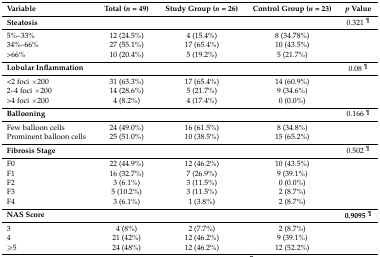
| Variable | Total (n = 49) | Study Group (n = 26) | Control Group (n = 23) | p Value |
 | --- | --- | --- | --- | --- |
 | Steatosis |  |  |  | 0.321 ¶ |
 | 5%–33% | 12 (24.5%) | 4 (15.4%) | 8 (34.78%) |  |
 | 34%–66% | 27 (55.1%) | 17 (65.4%) | 10 (43.5%) |  |
 | >66% | 10 (20.4%) | 5 (19.2%) | 5 (21.7%) |  |
 | Lobular Inflammation |  |  |  | 0.08 ¶ |
 | <2 foci ×200 | 31 (63.3%) | 17 (65.4%) | 14 (60.9%) |  |
 | 2–4 foci ×200 | 14 (28.6%) | 5 (21.7%) | 9 (34.6%) |  |
 | >4 foci ×200 | 4 (8.2%) | 4 (17.4%) | 0 (0.0%) |  |
 | Ballooning |  |  |  | 0.166 ¶ |
 | Few balloon cells | 24 (49.0%) | 16 (61.5%) | 8 (34.8%) |  |
 | Prominent balloon cells | 25 (51.0%) | 10 (38.5%) | 15 (65.2%) |  |
 | Fibrosis Stage |  |  |  | 0.502 ¶ |
 | F0 | 22 (44.9%) | 12 (46.2%) | 10 (43.5%) |  |
 | F1 | 16 (32.7%) | 7 (26.9%) | 9 (39.1%) |  |
 | F2 | 3 (6.1%) | 3 (11.5%) | 0 (0.0%) |  |
 | F3 | 5 (10.2%) | 3 (11.5%) | 2 (8.7%) |  |
 | F4 | 3 (6.1%) | 1 (3.8%) | 2 (8.7%) |  |
 | NAS Score |  |  |  | 0.9095 ¶ |
 | 3 | 4 (8%) | 2 (7.7%) | 2 (8.7%) |  |
 | 4 | 21 (42%) | 12 (46.2%) | 9 (39.1%) |  |
 | ≥5 | 24 (48%) | 12 (46.2%) | 12 (52.2%) |  |